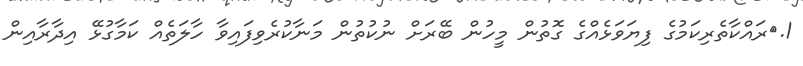
1.	ރައްކާތެރިކަމުގެ ފިޔަވަޅެއްގެ ގޮތުން މީހުން ބޭރަށް ނުކުތުން މަނާކުރެވިފައިވާ ހާލަތެއް ކަމާގުޅޭ އިދާރާއިން